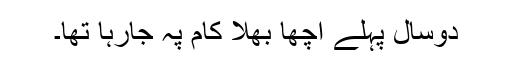
دوسال پہلے اچھا بھلا کام پہ جارہا تھا۔